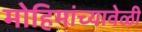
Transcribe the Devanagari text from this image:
मोहिमांच्यावेळी